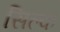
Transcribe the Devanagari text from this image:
सिल्‍क